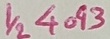
Text: 1/24093